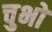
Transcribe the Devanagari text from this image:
चुभो